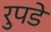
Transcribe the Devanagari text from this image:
रुपडे